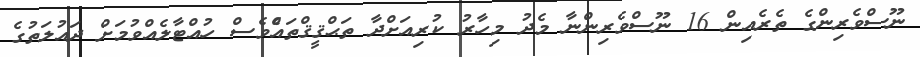
ނޫސްވެރިންގެ ތެރެއިން 16 ނޫސްވެރިންނާ މެދު މިހާރު ކުރިއަށްދާ ތަޙްޤީޤްތައްެވެސް ހުއްޓާލެއްވުމަށް ދައުލަތުގެ